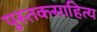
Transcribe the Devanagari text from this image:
पुस्तकसाहित्य